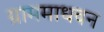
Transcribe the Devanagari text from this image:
ग्राममाधवन